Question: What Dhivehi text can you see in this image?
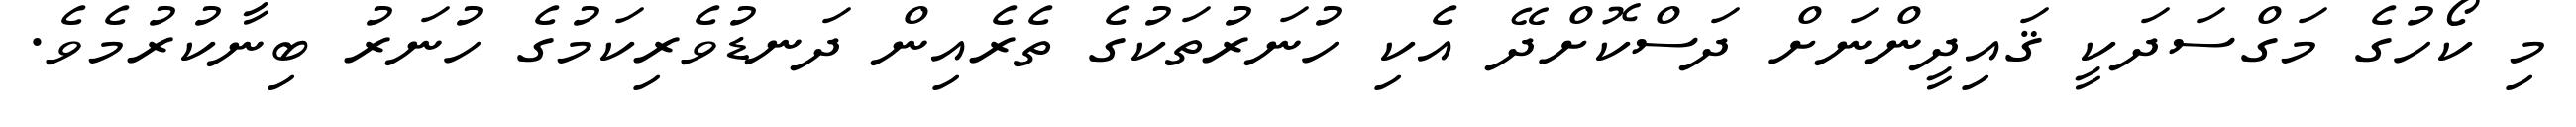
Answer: މި ކޯހުގެ މަގްސަދަކީ ޤައިދީންނަށް ދަސްކޮށްދޭ އެކި ހުނަރުތަކުގެ ތެރެއިން ދަނޑުވެރިކަމުގެ ހުނަރު ބިނާކުރުމެވެ.